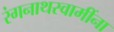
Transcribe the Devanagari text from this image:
रंगनाथस्वामींना